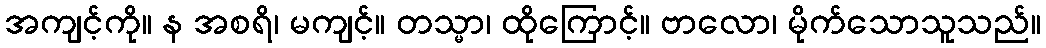
အကျင့်ကို။ န အစရိ၊ မကျင့်။ တသ္မာ၊ ထိုကြောင့်။ ဗာလော၊ မိုက်သောသူသည်။